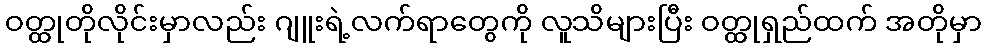
ဝတ္ထုတိုလိုင်းမှာလည်း ဂျူးရဲ့လက်ရာတွေကို လူသိများပြီး ဝတ္ထုရှည်ထက် အတိုမှာ